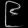
Digit: ၉